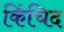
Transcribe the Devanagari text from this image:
किंचिद